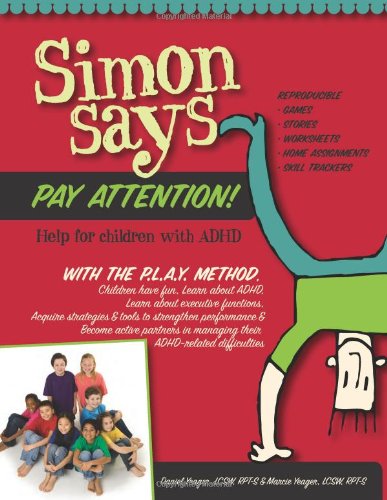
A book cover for Simon Says Pay Attention: Help for Children with ADHD; Daniel Yeager LCSW; Health, Fitness & Dieting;